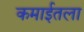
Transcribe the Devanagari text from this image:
कमाईतला